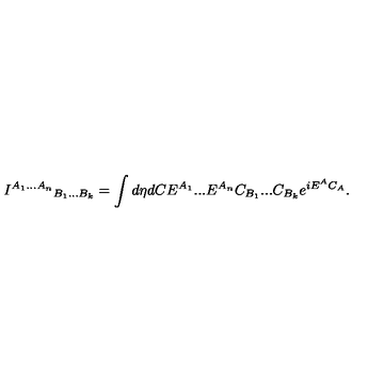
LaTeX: { I ^ { A _ { 1 } . . . A _ { n } } } _ { B _ { 1 } . . . B _ { k } } = \int d \eta d C E ^ { A _ { 1 } } . . . E ^ { A _ { n } } C _ { B _ { 1 } } . . . C _ { B _ { k } } e ^ { i E ^ { A } C _ { A } } .